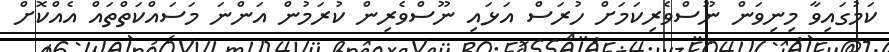
ކަމުގައިވާ މިނިވަން ނޫސްވެރިކަމަށް ހުރަސް އަޅައި ނޫސްވެރިން ކުރަމުން އަންނަ މަސައްކަތްތައް އެއްކޮށް